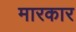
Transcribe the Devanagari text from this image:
मारकार